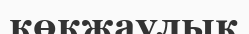
көкжаулық